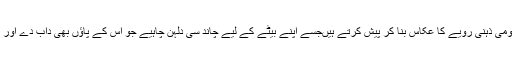
احمد جاوید بہت لطیف انداز میں دوسری عورت کے روپ کو معاشرے کا عمومی ذہنی رویے کا عکاس بنا کر پیش کرتے ہیںجسے اپنے بیٹے کے لیے چاند سی دلہن چاہیے جو اس کے پاؤں بھی داب دے اور اس کی نسل بھی آگے بڑھائے ،نہ پسند آئے تو چھوڑ کر بیٹا دوسری لے آئے۔